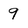
Character: 9